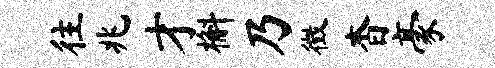
往兆才槲乃徵杳豪